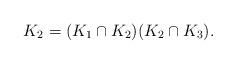
LaTeX: \begin{align*}K_2=(K_1\cap K_2)(K_2\cap K_3).\end{align*}